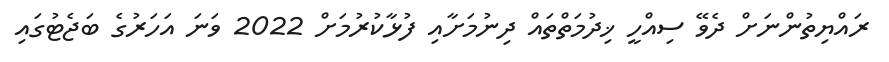
ރައްޔިތުންނަށް ދެވޭ ސިއްހީ ޚިދުމަތްތައް ދިނުމަށާއި ފުޅާކުރުމަށް 2022 ވަނަ އަހަރުގެ ބަޖެޓުގައި